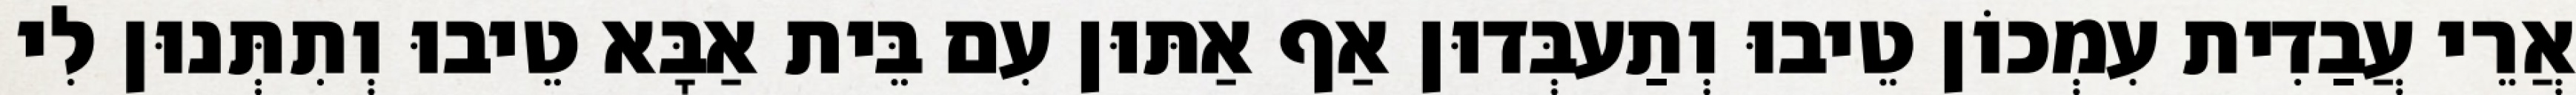
אֲרֵי עֲבַדִית עִמְכוֹן טֵיבוּ וְתַעבְּדוּן אַף אַתּוּן עִם בֵּית אַבָּא טֵיבוּ וְתִתְּנוּן לִי